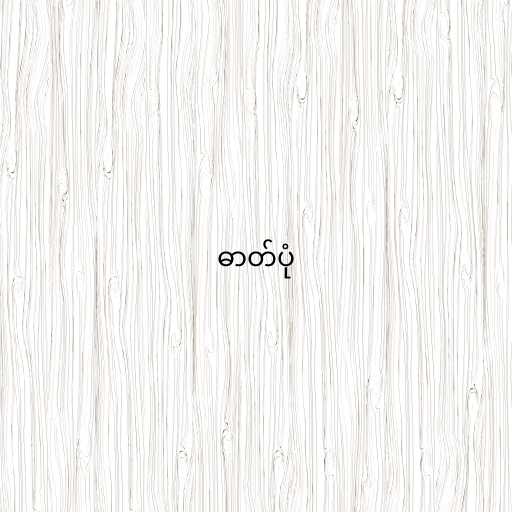
ဓာတ်ပုံ